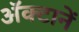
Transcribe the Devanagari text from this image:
अॅक्टानें